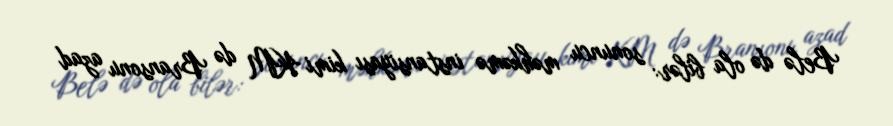
Belə də ola bilər: sonuncu məhkəmə instansiyası kimi KM də Bransonu azad